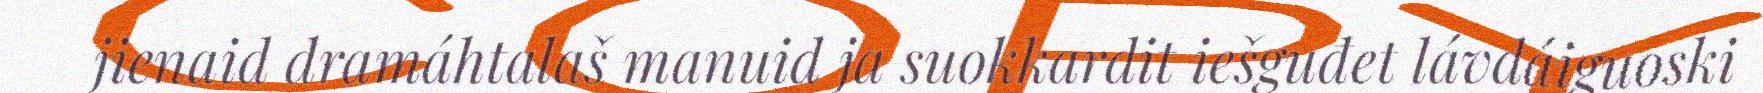
jienaid dramáhtalaš manuid ja suokkardit iešguđet lávdáiguoski